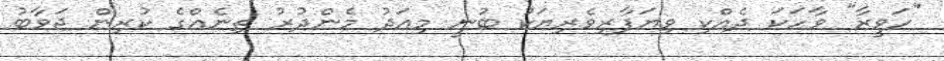
"ހަވީރާ" ވާހަކަ ދެއްކި ވިޔަފާރިވެރިޔަކު ބުނީ މިއަދު މެންދުރު ތިނެއްގެ ކުރިން ޖަވާބު